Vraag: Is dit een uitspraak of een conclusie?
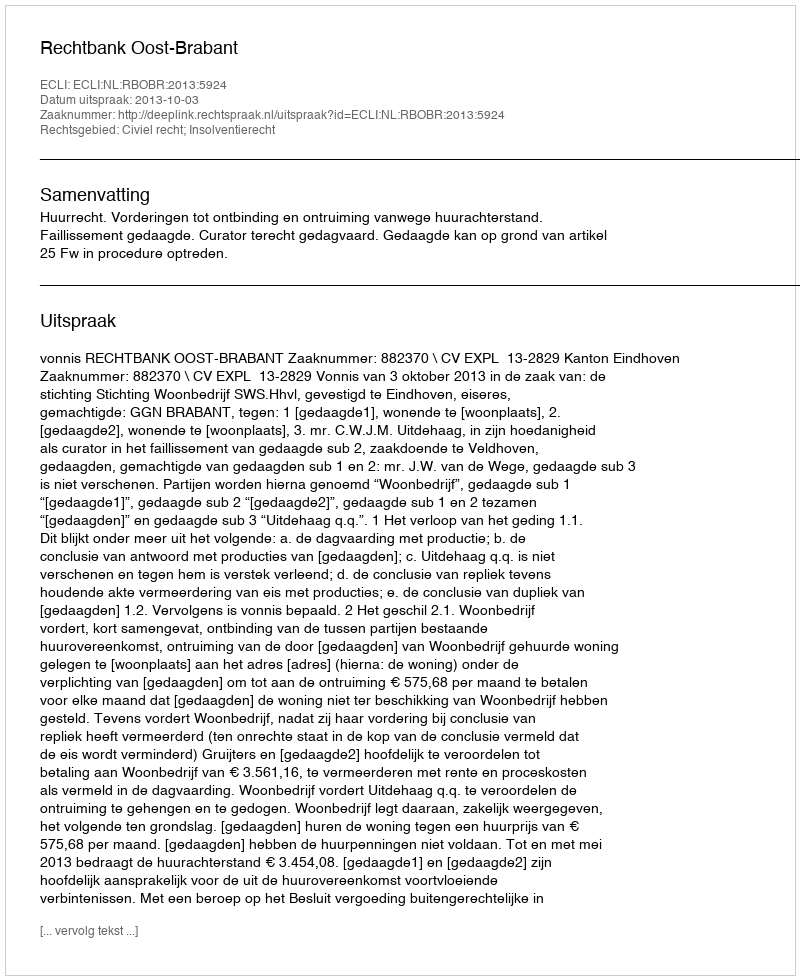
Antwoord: Uitspraak